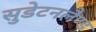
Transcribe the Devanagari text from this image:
सुडेटनलैण्ड